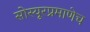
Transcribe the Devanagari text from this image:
सोस्यूरप्रमाणेच